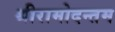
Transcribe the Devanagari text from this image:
श्रीरामोदन्तम